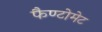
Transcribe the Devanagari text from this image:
फैण्टोमेट